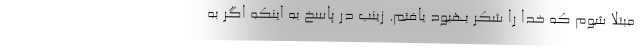
مبتلا شوم که خدا را شکر بهبود یافتم. زینب در پاسخ به اینکه اگر به